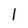
Character: l